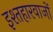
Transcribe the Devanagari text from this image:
इश्तहारवाजों